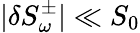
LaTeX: |\delta S_{\omega}^{\pm}|\ll S_{0}